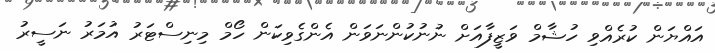
އައްޔަން ކުރެއްވި ހުޝާމް ވަޒީފާއަށް ނުނުކުންނަވަން އެންގެވިކަން ހޯމް މިނިސްޓަރު އުމަރު ނަސީރު